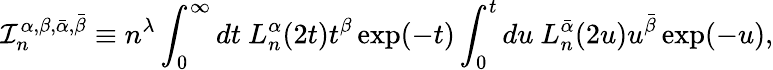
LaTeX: \mathcal{I}_{n}^{\alpha,\beta,\bar{\alpha},\bar{\beta}}\equiv n^{\lambda}\int_{0}^{\infty}dt\ L_{n}^{\alpha}(2t)t^{\beta}\exp(-t)\int_{0}^{t}du\ L_{n}^{\bar{\alpha}}(2u)u^{\bar{\beta}}\exp(-u),